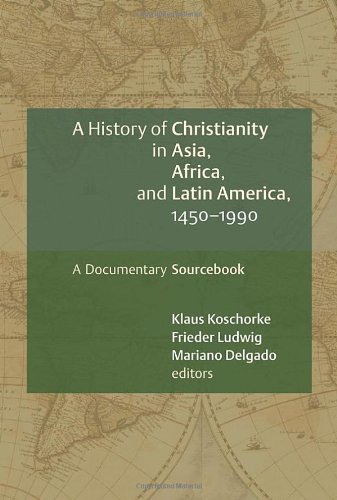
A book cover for A History of Christianity in Asia, Africa, and Latin America, 1450-1990: A Documentary Sourcebook; Christian Books & Bibles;